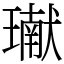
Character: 𤩽